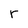
Character: r